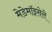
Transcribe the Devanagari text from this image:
मेडेमॉइसेले